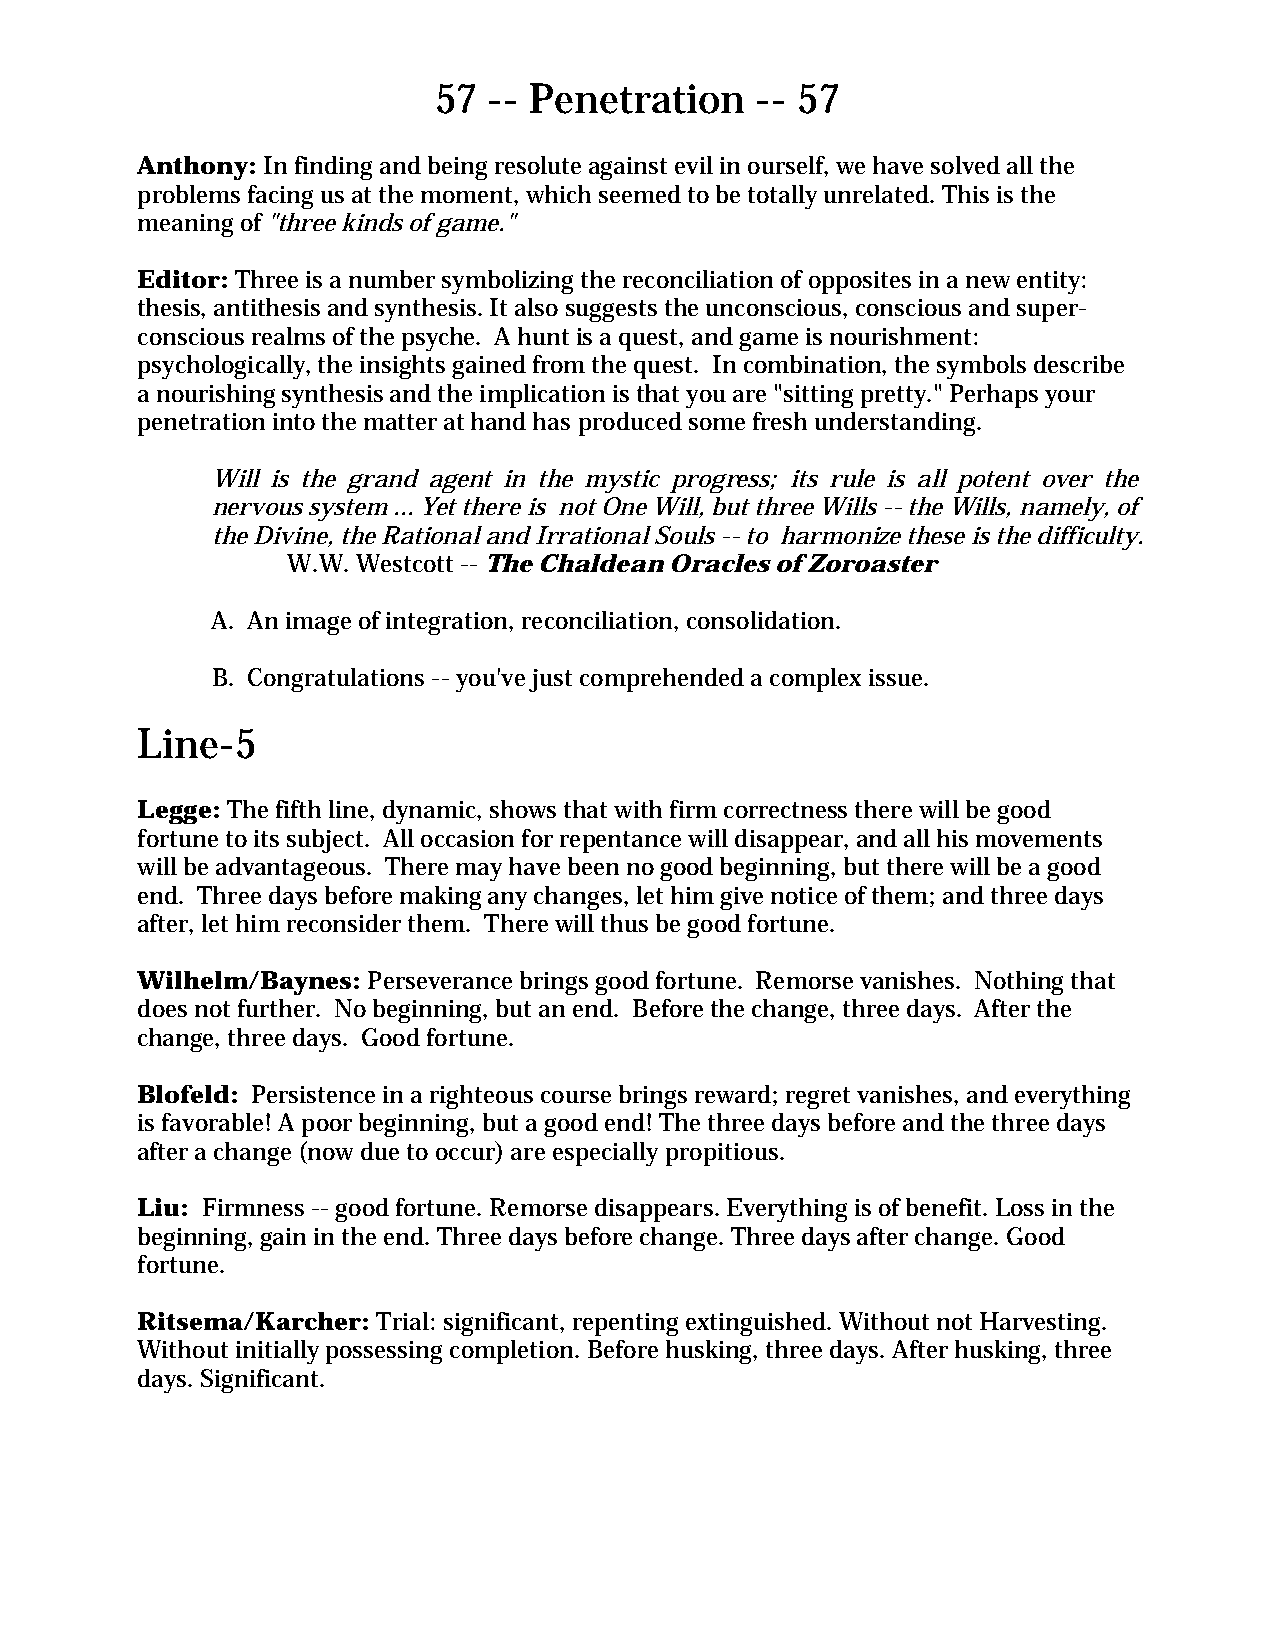
57 -- Penetration    -- 57
 Anthony: In finding and being resolute against evil in ourself, we have solved all the
 problems facing us at the moment, which seemed to be totally unrelated. This is the
 meaning of "three kinds of game."
 Editor: Three is a number symbolizing the reconciliation of opposites in a new entity:
 thesis, antithesis and synthesis. It also suggests the unconscious, conscious and super-
 conscious realms of the psyche. A hunt is a quest, and game is nourishment:
 psychologically, the insights gained from the quest. In combination, the symbols describe
 a nourishing synthesis and the implication is that you are "sitting pretty." Perhaps your
 penetration into the matter at hand has produced some fresh understanding.
 Will is the grand agent in the mystic progress; its rule is all potent over the
 nervous system ... Yet there is not One Will, but three Wills -- the Wills, namely, of
 the Divine, the Rational and Irrational Souls -- to harmonize these is the difficulty.
 W.W. Westcott -- The Chaldean Oracles of Zoroaster
 A. An image of integration, reconciliation, consolidation.
 B. Congratulations -- you've just comprehended a complex issue.
 Line-5
 Legge: The fifth line, dynamic, shows that with firm correctness there will be good
 fortune to its subject. All occasion for repentance will disappear, and all his movements
 will be advantageous. There may have been no good beginning, but there will be a good
 end. Three days before making any changes, let him give notice of them; and three days
 after, let him reconsider them. There will thus be good fortune.
 Wilhelm/Baynes: Perseverance brings good fortune. Remorse vanishes. Nothing that
 does not further. No beginning, but an end. Before the change, three days. After the
 change, three days. Good fortune.
 Blofeld: Persistence in a righteous course brings reward; regret vanishes, and everything
 is favorable! A poor beginning, but a good end! The three days before and the three days
 after a change (now due to occur) are especially propitious.
 Liu: Firmness -- good fortune. Remorse disappears. Everything is of benefit. Loss in the
 beginning, gain in the end. Three days before change. Three days after change. Good
 fortune.
 Ritsema/Karcher: Trial: significant, repenting extinguished. Without not Harvesting.
 Without initially possessing completion. Before husking, three days. After husking, three
 days. Significant.